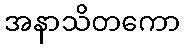
အနာသိတကော